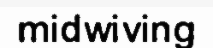
midwiving